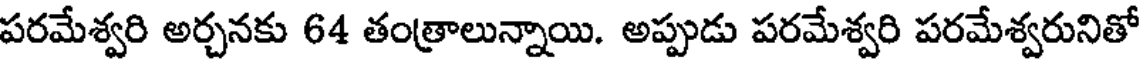
పరమేశ్వరి అర్చనకు 64 తంత్రాలున్నాయి. అప్పుడు పరమేశ్వరి పరమేశ్వరునితో